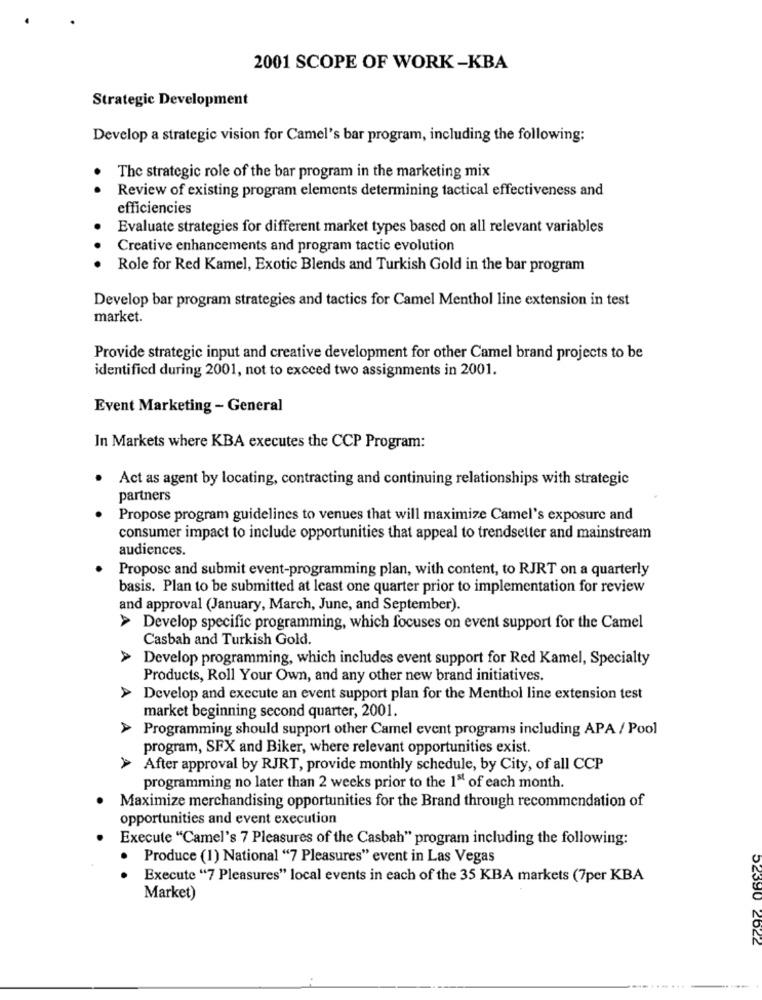
2001 SCOPE OF WORK -KBA
Strategic Development
Develop a strategic vision for Camel's bar program, including the following:
The strategic role of the bar program in the marketing mix
Review of existing program elements determining tactical effectiveness and
.
efficiencies
Evaluate strategies for different market types based on all relevant variables
Creative enhancements and program tactic evolution
. . .
Role for Red Kamel, Exotic Blends and Turkish Gold in the bar program
Develop bar program strategies and tactics for Camel Menthol line extension in test
market.
Provide strategic input and creative development for other Camel brand projects to be
identified during 2001, not to exceed two assignments in 2001.
Event Marketing - General
In Markets where KBA executes the CCP Program:
Act as agent by locating, contracting and continuing relationships with strategic
partners
Propose program guidelines to venues that will maximize Camel's exposure and
consumer impact to include opportunities that appeal to trendsetter and mainstream
audiences.
Propose and submit event-programming plan, with content, to RJRT on a quarterly
basis. Plan to be submitted at least one quarter prior to implementation for review
and approval (January, March, June, and September).
A
Develop specific programming, which focuses on event support for the Camel
Casbah and Turkish Gold.
A
Develop programming, which includes event support for Red Kamel, Specialty
Products, Roll Your Own, and any other new brand initiatives.
> Develop and execute an event support plan for the Menthol line extension test
market beginning second quarter, 2001.
> Programming should support other Camel event programs including APA / Pool
program, SFX and Biker, where relevant opportunities exist.
> After approval by RJRT, provide monthly schedule, by City, of all CCP
programming no later than 2 weeks prior to the 1" of each month.
Maximize merchandising opportunities for the Brand through recommendation of
opportunities and event execution
Execute "Camel's 7 Pleasures of the Casbah" program including the following:
Produce (1) National "7 Pleasures" event in Las Vegas
Execute "7 Pleasures" local events in each of the 35 KBA markets (7per KBA
Market)
52390 2622